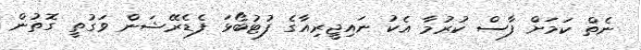
ނެތް ކަމަށް ފާސް ކުރުމާ އެކު ނައިޖީރިއާގެ ފުޓުބޯޅަ ފެޑެރޭޝަން ވަގުތީ ގޮތުން